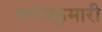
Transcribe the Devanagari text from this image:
बसंतकुमारी